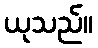
ယုသည်။